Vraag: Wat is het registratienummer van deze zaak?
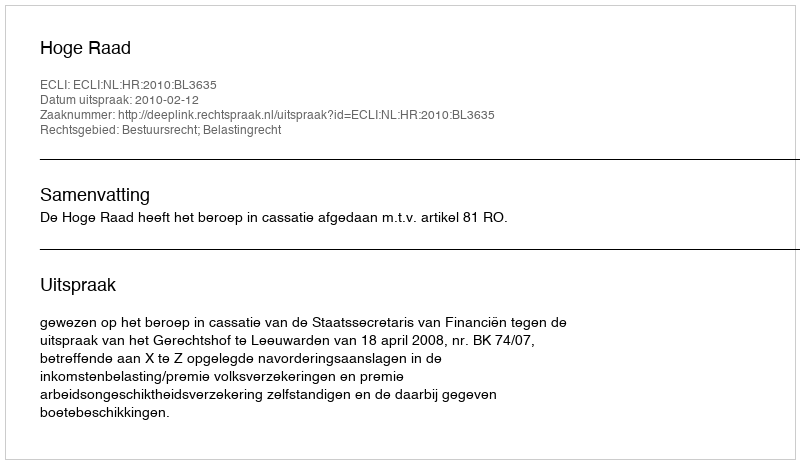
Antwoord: http://deeplink.rechtspraak.nl/uitspraak?id=ECLI:NL:HR:2010:BL3635